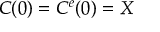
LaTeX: C ( 0 ) = C ^ { e } { ( 0 ) = X }